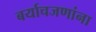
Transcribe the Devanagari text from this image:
बर्याचजणांना